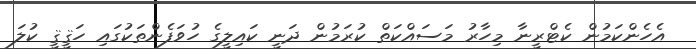
އެހެންކަމުން ކެޓްރީނާ މިހާރު މަސައްކަތް ކުރަމުން ދަނީ ކައިލީގެ ހުވަފެންތަކުގައި ހަޤީޤީ ކުލަ